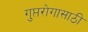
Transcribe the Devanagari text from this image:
गुप्तरोगासाठी